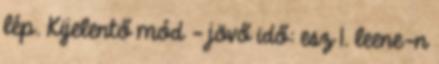
lép. Kijelentő mód – jövő idő: esz 1. leene-n